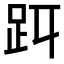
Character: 𧿋